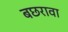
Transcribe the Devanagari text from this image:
बछरावा